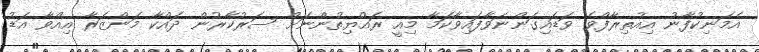
އެމަނިކުފާނު އިއުތިރާފްވެ ވަޑައިގަންނަވާފައިވާކަމާ މިއީ ރައްޔިތުންނަށް ސަރުކާރުން ދައްކާ މަންޒަރާ އިއްވާ އަޑު